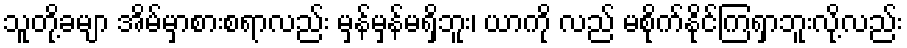
သူတို့ခမျာ အိမ်မှာစားစရာလည်း မှန်မှန်မရှိဘူး၊ ယာကို လည် မစိုက်နိုင်ကြရှာဘူးလို့လည်း